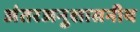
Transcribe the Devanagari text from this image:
अंतरअनुशासनीय